Vaccination in Bombay 1869-1873 - 1869-1873
Year: 1869
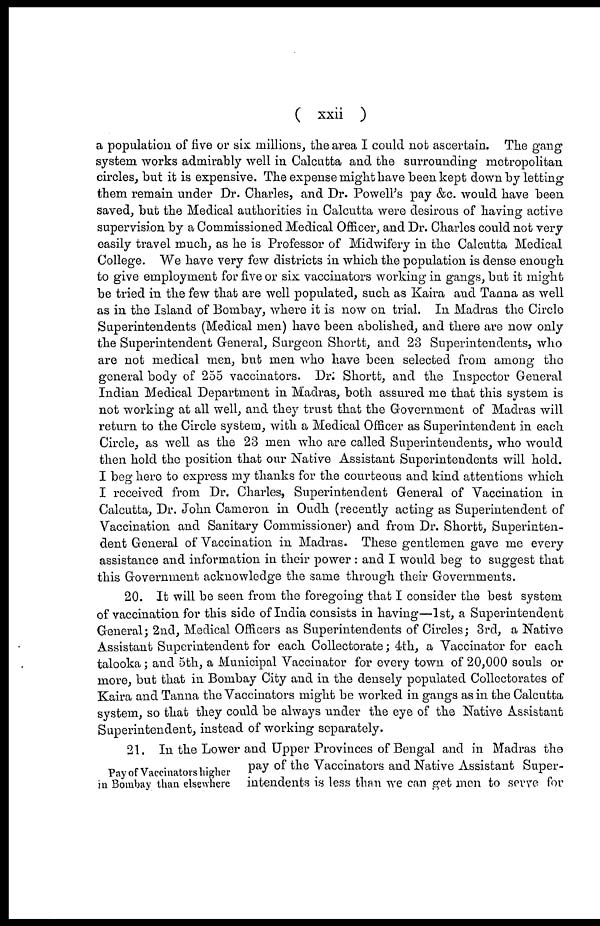
( xxii )
a population of five or six millions, the area I could not ascertain. The gang
system works admirably well in Calcutta and the surrounding metropolitan
circles, but it is expensive. The expense might have been kept down by letting
them remain under Dr. Charles, and Dr. Powell's pay &c. would have been
saved, but the Medical authorities in Calcutta were desirous of having active
supervision by a Commissioned Medical Officer, and Dr. Charles could not very
easily travel much, as he is Professor of Midwifery in the Calcutta Medical
College. We have very few districts in which the population is dense enough
to give employment for five or six vaccinators working in gangs, but it might
be tried in the few that are well populated, such as Kaira and Tanna as well
as in the Island of Bombay, where it is now on trial. In Madras the Circle
Superintendents (Medical men) have been abolished, and there are now only
the Superintendent General, Surgeon Shortt, and 23 Superintendents, who
are not medical men, but men who have been selected from among the
general body of 255 vaccinators. Dr. Shortt, and the Inspector General
Indian Medical Department in Madras, both assured me that this system is
not working at all well, and they trust that the Government of Madras will
return to the Circle system, with a Medical Officer as Superintendent in each
Circle, as well as the 23 men who are called Superintendents, who would
then hold the position that our Native Assistant Superintendents will hold.
I beg here to express my thanks for the courteous and kind attentions which
I received from Dr. Charles, Superintendent General of Vaccination in
Calcutta, Dr. John Cameron in Oudh (recently acting as Superintendent of
Vaccination and Sanitary Commissioner) and from Dr. Shortt, Superinten-
dent General of Vaccination in Madras. These gentlemen gave me every
assistance and information in their power : and I would beg to suggest that
this Government acknowledge the same through their Governments.
20. It will be seen from the foregoing that I consider the best system
of vaccination for this side of India consists in having—1st, a Superintendent
General ; 2nd, Medical Officers as Superintendents of Circles; 3rd, a Native
Assistant Superintendent for each Collectorate; 4th, a Vaccinator for each
talooka; and 5th, a Municipal Vaccinator for every town of 20,000 souls or
more, but that in Bombay City and in the densely populated Collectorates of
Kaira and Tanna the Vaccinators might be worked in gangs as in the Calcutta
system, so that they could be always under the eye of the Native Assistant
Superintendent, instead of working separately.
Pay of Vaccinators higher
in Bombay than elsewhere
21. In the Lower and Upper Provinces of Bengal and in Madras the
pay of the Vaccinators and Native Assistant Super-
intendents is less than we can get men to serve for